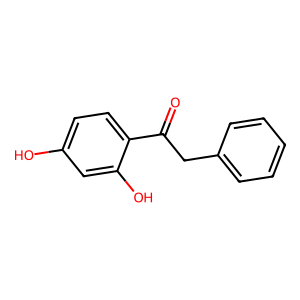
SMILES: O=C(Cc1ccccc1)c1ccc(O)cc1O
Inhibits HIV replication: No